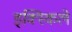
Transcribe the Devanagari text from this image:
इक्स्किले